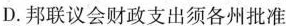
D.邦联议会财政支出须各州批准